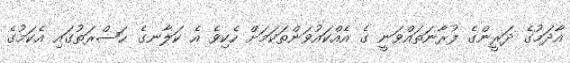
އާދަމުގެ ދަރީންގެ ފުރާނަތައްވަނީ ގެ އެއްކައުވަންތަކަމަށް ހެކިވެ އެ ކަލާނގެ ޙަޟްރަތުގައި އެކަމުގެ